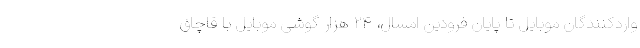
واردکنندگان موبایل تا پایان فرودین امسال، ۲۴ هزار گوشی موبایل با قاچاق